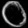
Digit: ၀